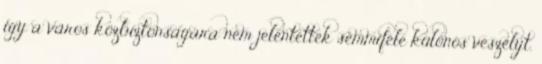
így a város közbiztonságára nem jelentettek semmiféle különös veszélyt.